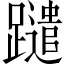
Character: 𨇀